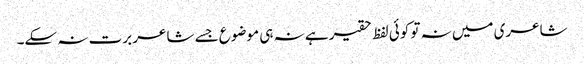
شاعری میں نہ تو کوئی لفظ حقیر ہے نہ ہی موضوع جسے شاعر برت نہ سکے۔